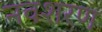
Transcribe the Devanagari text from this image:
नवशरण